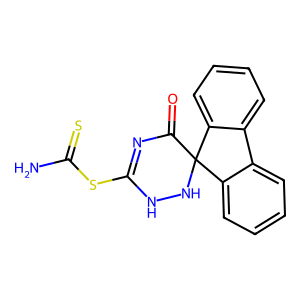
SMILES: NC(=S)SC1=NC(=O)C2(NN1)c1ccccc1-c1ccccc12
Inhibits HIV replication: No